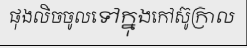
ផុងលិចចូលទៅក្នុងកៅស៊ូក្រាល